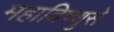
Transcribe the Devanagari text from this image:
महाविष्णुसे